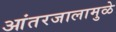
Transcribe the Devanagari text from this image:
आंतरजालामुळे